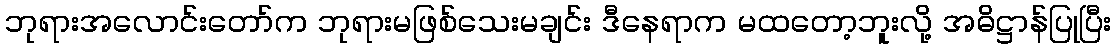
ဘုရားအလောင်းတော်က ဘုရားမဖြစ်သေးမချင်း ဒီနေရာက မထတော့ဘူးလို့ အဓိဋ္ဌာန်ပြုပြီး